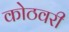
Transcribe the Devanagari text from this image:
कोठवरी